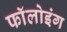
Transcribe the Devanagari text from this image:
फाॅलोइंग